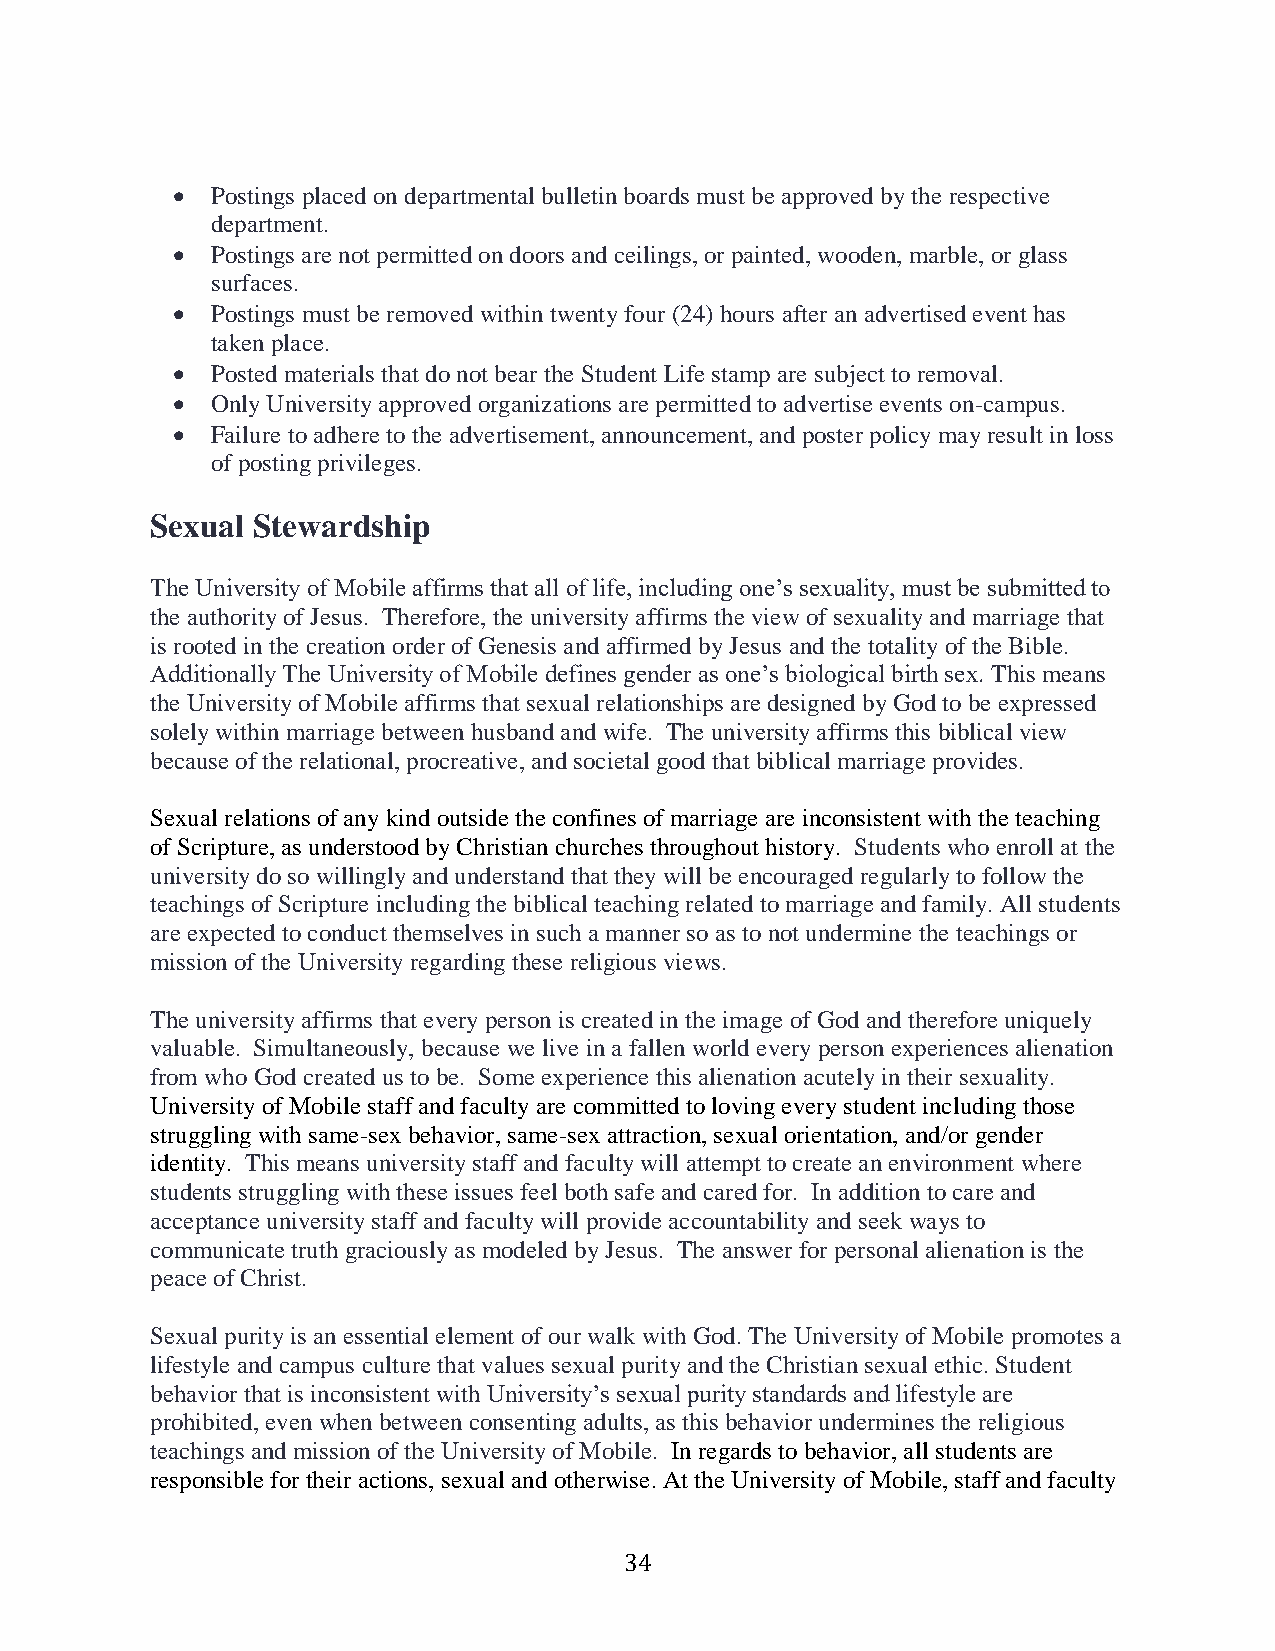
  Postings placed on departmental bulletin boards must be approved by the respective
 department.
   Postings are not permitted on doors and ceilings, or painted, wooden, marble, or glass
 surfaces.
   Postings must be removed within twenty four (24) hours after an advertised event has
 taken place.
   Posted materials that do not bear the Student Life stamp are subject to removal.
   Only University approved organizations are permitted to advertise events on-campus.
   Failure to adhere to the advertisement, announcement, and poster policy may result in loss
 of posting privileges.
 Sexual Stewardship
 The University of Mobile affirms that all of life, including one’s sexuality, must be submitted to
 the authority of Jesus. Therefore, the university affirms the view of sexuality and marriage that
 is rooted in the creation order of Genesis and affirmed by Jesus and the totality of the Bible.
 Additionally The University of Mobile defines gender as one’s biological birth sex. This means
 the University of Mobile affirms that sexual relationships are designed by God to be expressed
 solely within marriage between husband and wife. The university affirms this biblical view
 because of the relational, procreative, and societal good that biblical marriage provides.
 Sexual relations of any kind outside the confines of marriage are inconsistent with the teaching
 of Scripture, as understood by Christian churches throughout history. Students who enroll at the
 university do so willingly and understand that they will be encouraged regularly to follow the
 teachings of Scripture including the biblical teaching related to marriage and family. All students
 are expected to conduct themselves in such a manner so as to not undermine the teachings or
 mission of the University regarding these religious views.
 The university affirms that every person is created in the image of God and therefore uniquely
 valuable. Simultaneously, because we live in a fallen world every person experiences alienation
 from who God created us to be. Some experience this alienation acutely in their sexuality.
 University of Mobile staff and faculty are committed to loving every student including those
 struggling with same-sex behavior, same-sex attraction, sexual orientation, and/or gender
 identity. This means university staff and faculty will attempt to create an environment where
 students struggling with these issues feel both safe and cared for. In addition to care and
 acceptance university staff and faculty will provide accountability and seek ways to
 communicate truth graciously as modeled by Jesus. The answer for personal alienation is the
 peace of Christ.
 Sexual purity is an essential element of our walk with God. The University of Mobile promotes a
 lifestyle and campus culture that values sexual purity and the Christian sexual ethic. Student
 behavior that is inconsistent with University’s sexual purity standards and lifestyle are
 prohibited, even when between consenting adults, as this behavior undermines the religious
 teachings and mission of the University of Mobile. In regards to behavior, all students are
 responsible for their actions, sexual and otherwise. At the University of Mobile, staff and faculty
 34